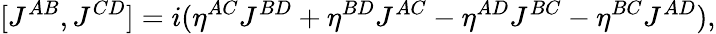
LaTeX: [J^{AB},J^{CD}]=i(\eta^{AC}J^{BD}+\eta^{BD}J^{AC}-\eta^{AD}J^{BC}-\eta^{BC}J^{AD}),